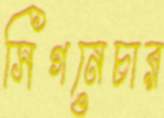
সিগনেচার